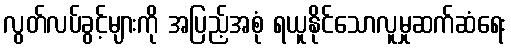
လွတ်လပ်ခွင့်များကို အပြည့်အစုံ ရယူနိုင်သောလူမှုဆက်ဆံရေး